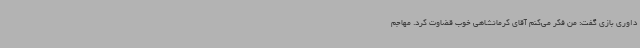
داوری بازی گفت: من فکر می‌کنم آقای کرمانشاهی خوب قضاوت کرد. مهاجم